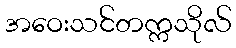
အဝေးသင်တက္ကသိုလ်